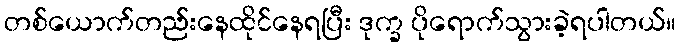
တစ်ယောက်တည်းနေထိုင်နေရပြီး ဒုက္ခ ပိုရောက်သွားခဲ့ရပါတယ်။